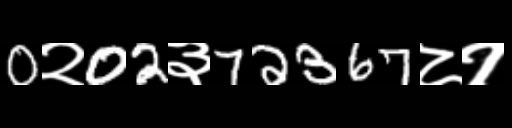
Text: 0२02३72367८१